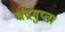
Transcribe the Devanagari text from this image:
चंद्रगुप्ता